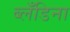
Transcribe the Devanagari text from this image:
ब्लँडिना